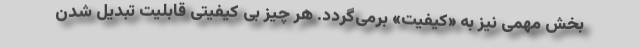
بخش مهمی نیز به «کیفیت» برمی‌گردد. هر چیز بی کیفیتی قابلیت تبدیل شدن